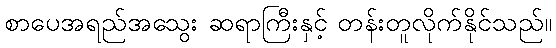
စာပေအရည်အသွေး ဆရာကြီးနှင့် တန်းတူလိုက်နိုင်သည်။